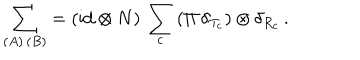
\sum _ { ( A ) \, ( B ) } = ( \mathrm { i d } \otimes N ) \, \sum _ { c } \, ( \Pi \, \delta _ { T _ { c } } ) \otimes \delta _ { R _ { c } } \, .